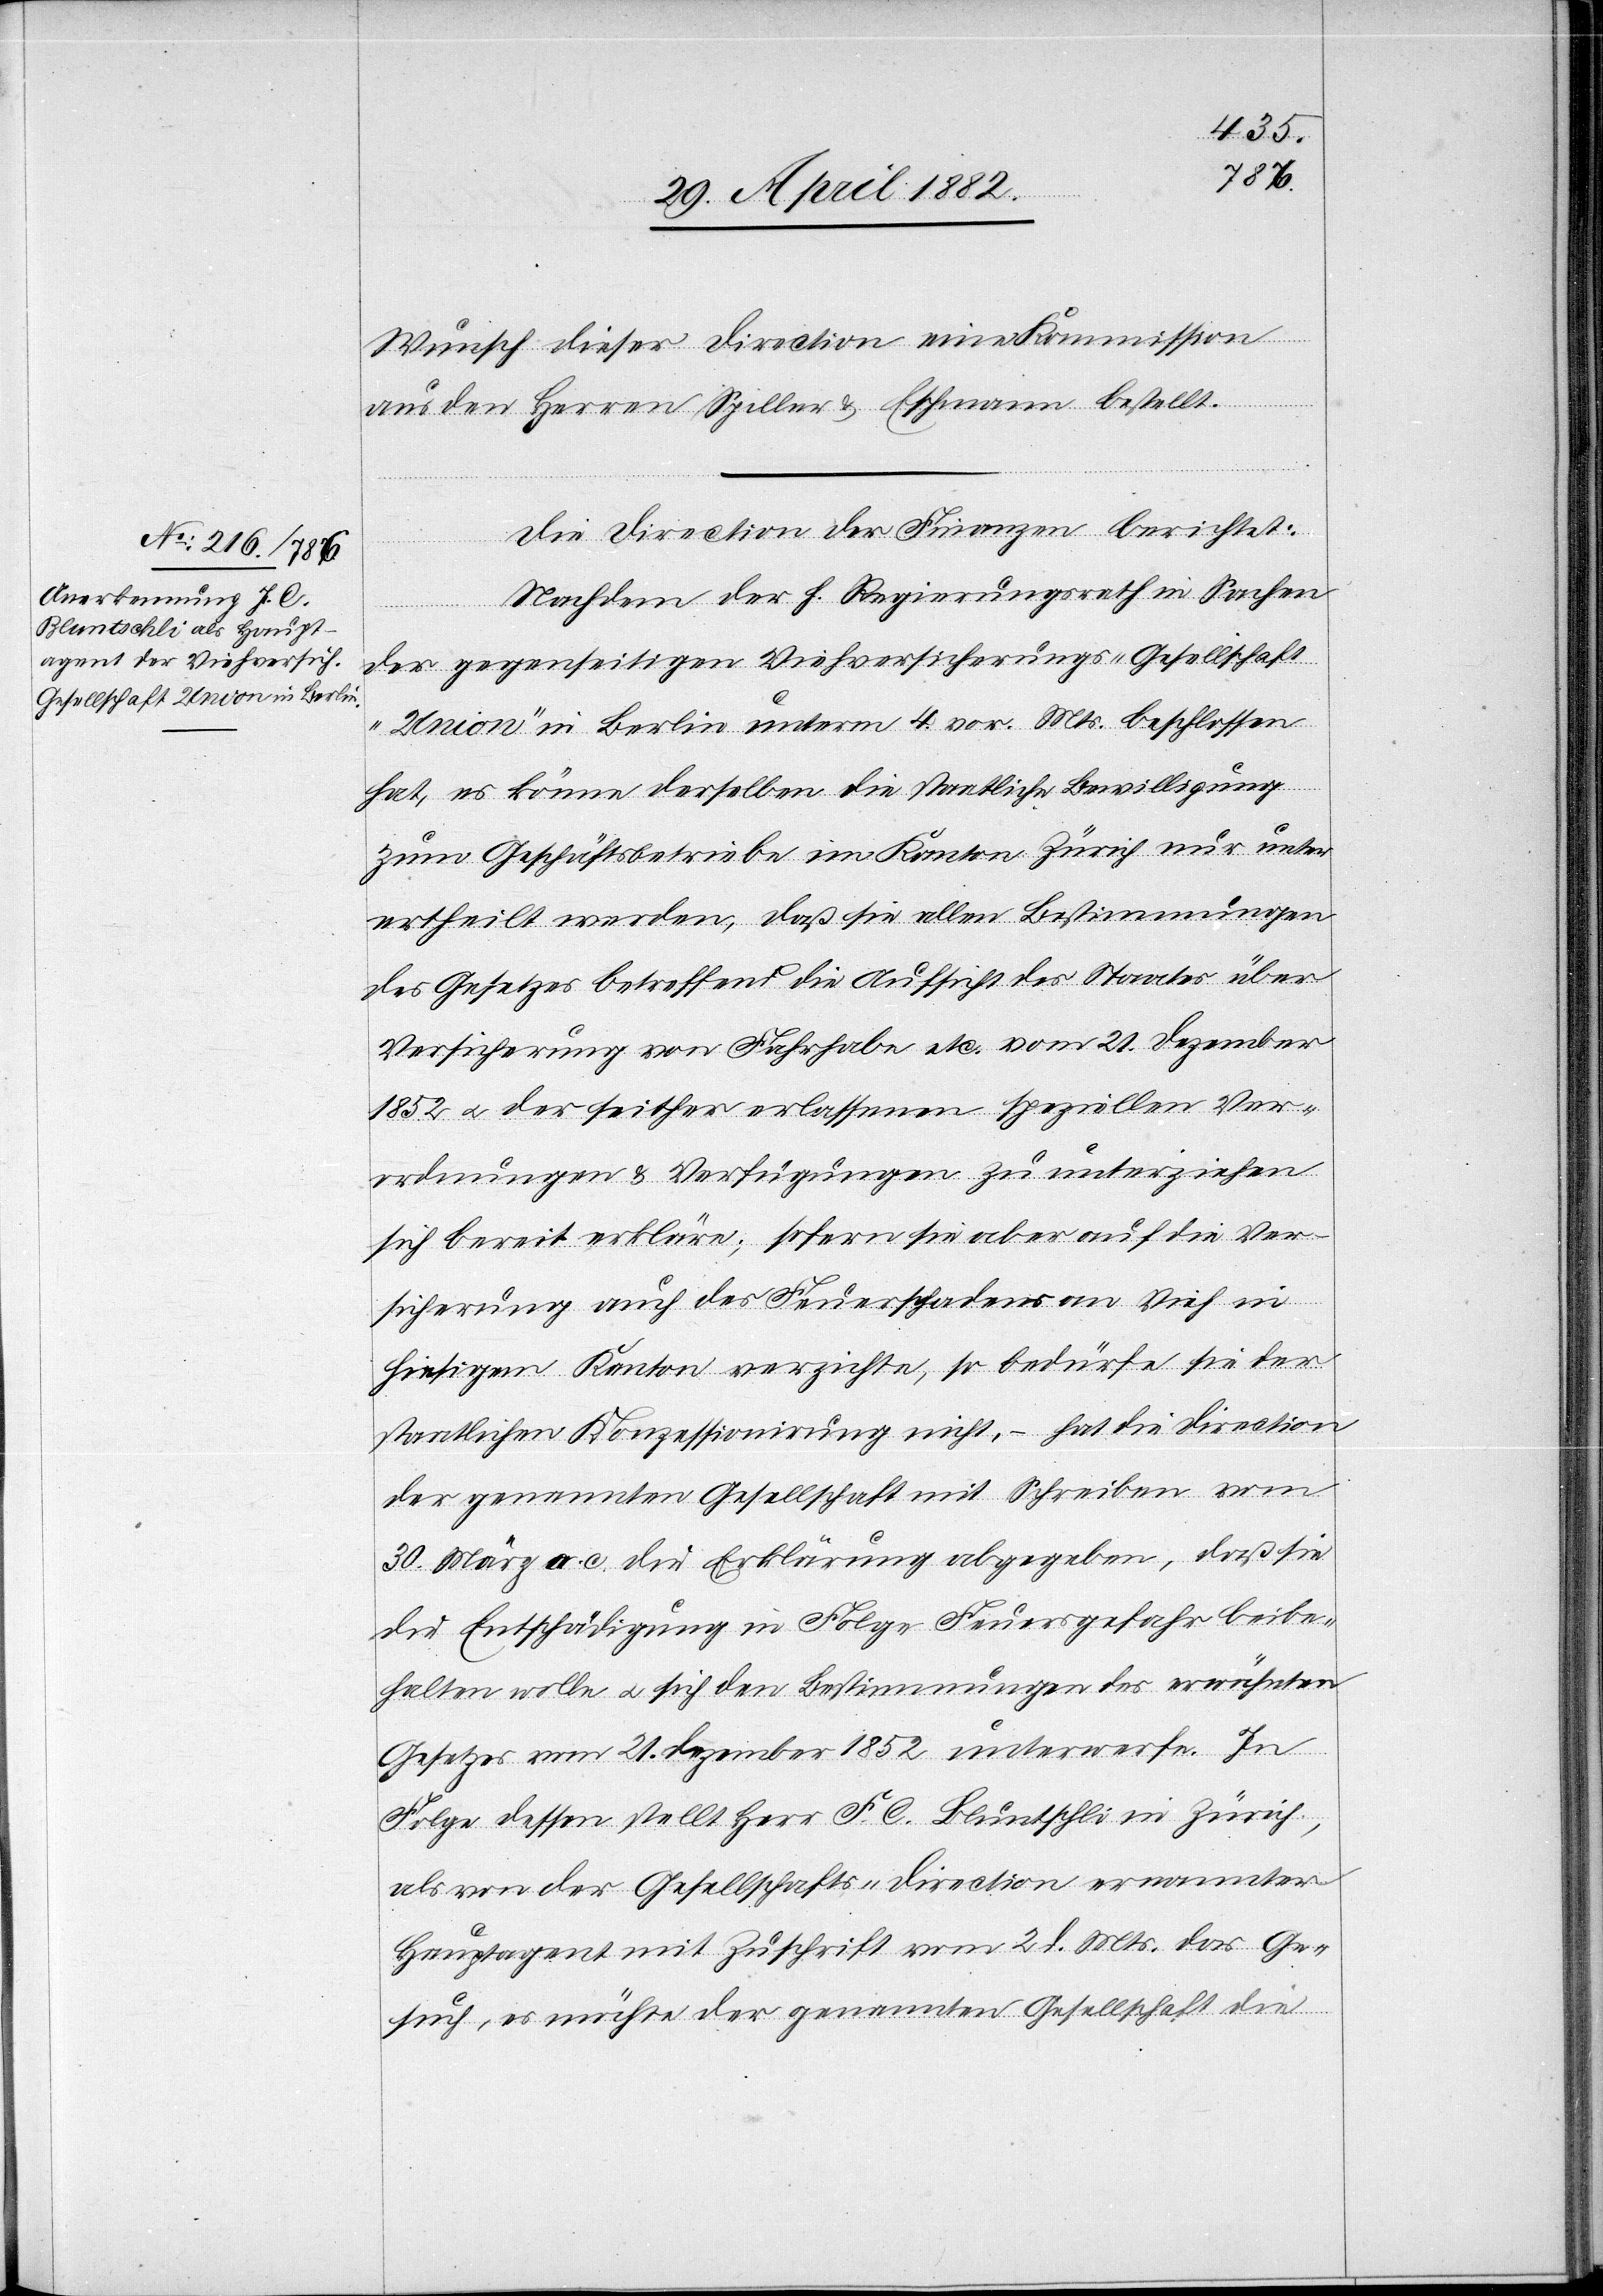
Wunsch dieser Direction eine Kommission
aus den Herren Spiller & Eschmann bestellt.
Die Direction der Finanzen berichtet:
Nachdem der h. Regierungsrath in Sachen
der gegenseitigen Viehversicherungs-Gesellschaft
„Union“ in Berlin unterm 4. vor. Mts. beschlossen
hat, es könne derselben die staatliche Bewilligung
zum Geschäftsbetriebe im Kanton Zürich nur unter
ertheilt werden, daß sie allen Bestimmungen
des Gesetzes betreffend die Aufsicht des Staates über
Versicherung von Fahrhabe etc. vom 21. Dezember
1852 u. der seither erlassenen speziellen Ver¬
ordnungen & Verfügungen zu unterziehen
sich bereit erkläre; sofern sie aber auf die Ver¬
sicherung auch des Feuerschadens an Vieh in
hiesigem Kanton verzichte, so bedürfe sie der
staatlichen Konzession nicht, – hat die Direction
der genannten Gesellschaft mit Schreiben vom
20. März a. c. die Erklärung abgegeben, daß sie
die Entschädigung in Folge Feuergefahr beibe¬
halten wolle u. sich den Bestimmungen des erwähnten
Gesetzes vom 21. Dezember 1852 unterwerfe. In
Folge dessen stellt Herr F. [sic!] C. Bluntschli in Zürich,
als von der Gesellschafts-Direction ernannter
Hauptagent mit Zuschrift vom 2. d. Mts. das Ge¬
such, es möchte der genannten Gesellschaft die